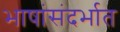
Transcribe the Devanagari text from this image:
भाषांसंदर्भात